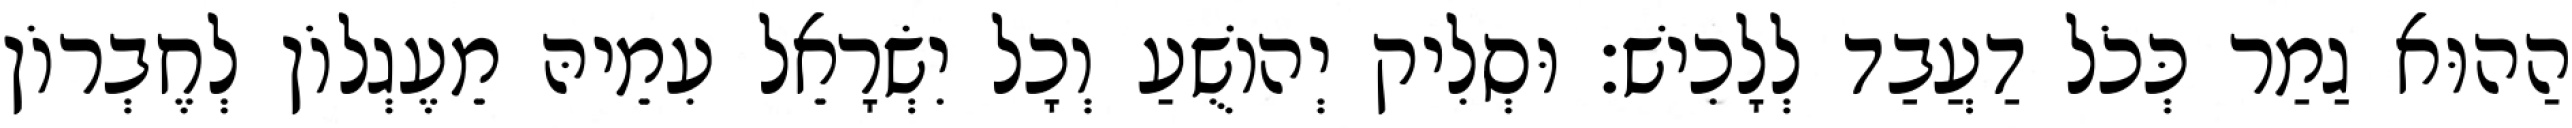
הַהוּא גַמַר כְּכֹל דַעֲבַד לְלָכִישׁ׃ וּסְלִיק יְהוֹשֻׁעַ וְכָל יִשְׂרָאֵל עִמֵיהּ מֵעֶגְלוֹן לְחֶבְרוֹן